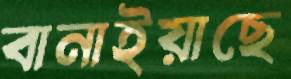
বানাইয়াছে